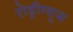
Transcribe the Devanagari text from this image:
रोड्रीग्यूज